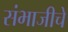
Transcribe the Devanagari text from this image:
संभाजीचे